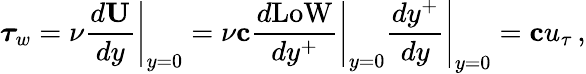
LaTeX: {\boldsymbol\tau_{w}}=\nu\left.\frac{d{\mathbf U}}{dy}\right|_{y=0}=\nu{\mathbf c}\left.\frac{d\mathrm{LoW}}{dy^{+}}\right|_{y=0}\left.\frac{dy^{+}}{dy}\right|_{y=0}={\mathbf c}u_{\tau}\, ,